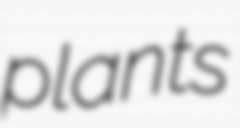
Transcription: plants